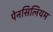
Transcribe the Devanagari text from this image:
पेनसिलियम